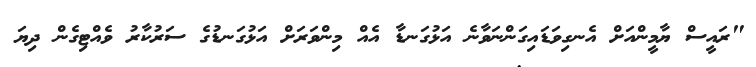
"ރައީސް ޔާމީންއަށް އެނގިވަޑައިގަންނަވާނެ އަޅުގަނޑާ އެއް މިންވަރަށް އަޅުގަނޑުގެ ސަރުކާރު ވެއްޓިގެން ދިޔަ